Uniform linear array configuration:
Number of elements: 8
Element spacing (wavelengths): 0.75
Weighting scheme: exponential
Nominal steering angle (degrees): -30
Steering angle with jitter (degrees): -30.788
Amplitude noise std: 0.05
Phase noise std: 0.05

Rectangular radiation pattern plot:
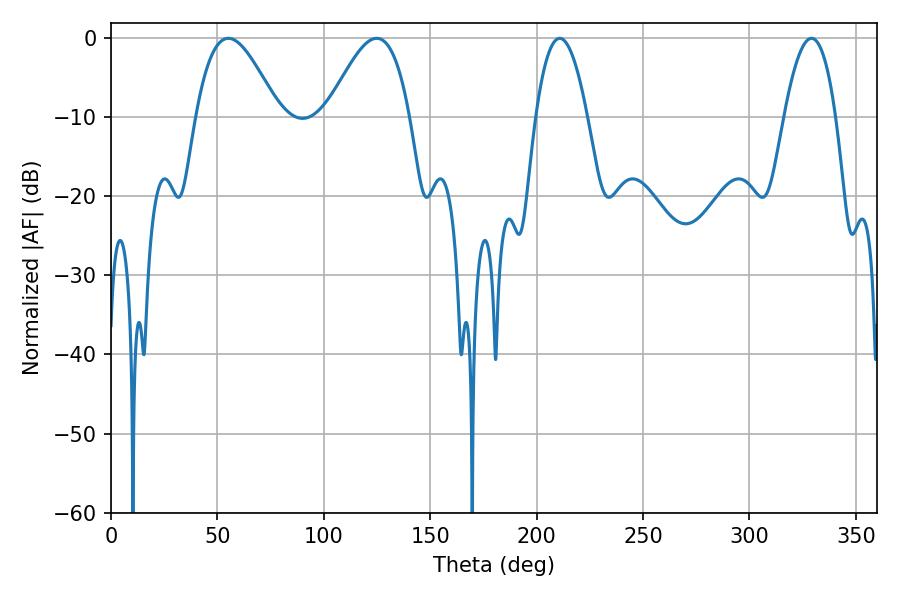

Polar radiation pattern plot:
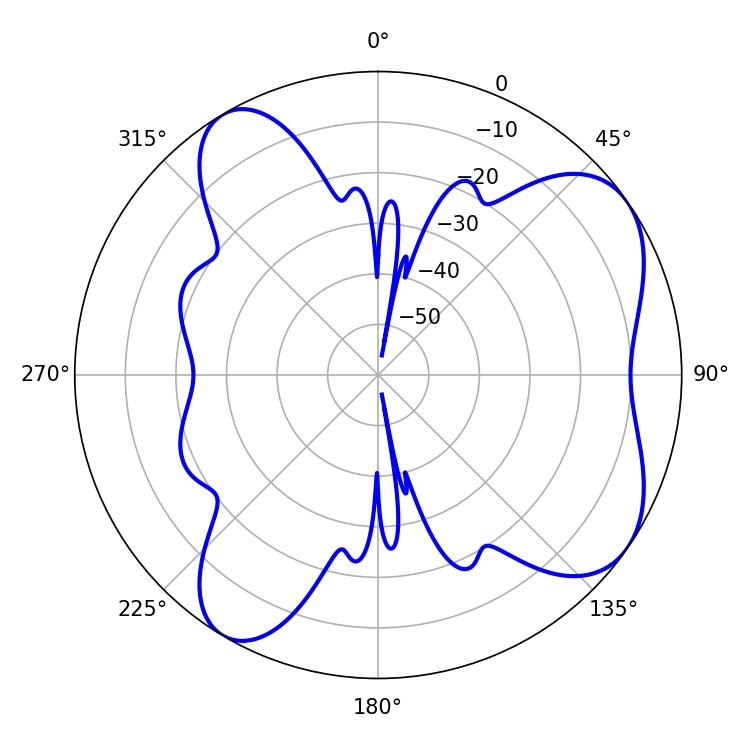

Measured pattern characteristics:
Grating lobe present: TRUE
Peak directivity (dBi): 6.714
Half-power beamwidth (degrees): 20.88
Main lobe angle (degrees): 55.08